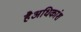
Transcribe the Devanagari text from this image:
हैअधिकांश